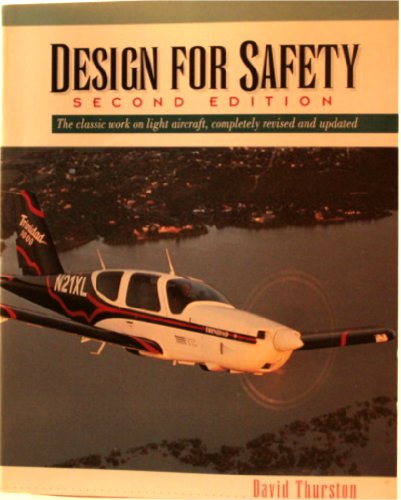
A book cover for Design for Safety; David B. Thurston; Engineering & Transportation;